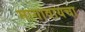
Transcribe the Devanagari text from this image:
मागावायचा